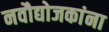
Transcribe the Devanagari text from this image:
नवौद्योजकांना